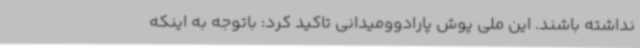
نداشته باشند. این ملی پوش پارادوومیدانی تاکید کرد: باتوجه به اینکه